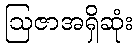
ဩဇာအရှိဆုံး